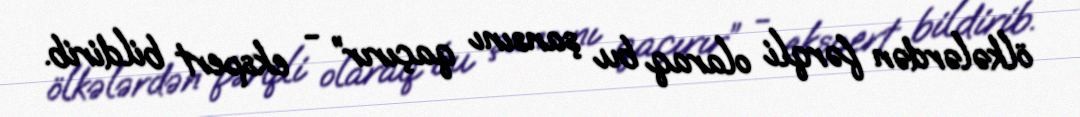
ölkələrdən fərqli olaraq bu şansını qaçırır” - ekspert bildirib.